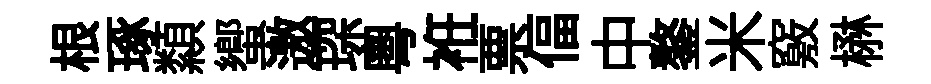
根琢纇蠁邀琛粵袵票偪中鏊米竅楙